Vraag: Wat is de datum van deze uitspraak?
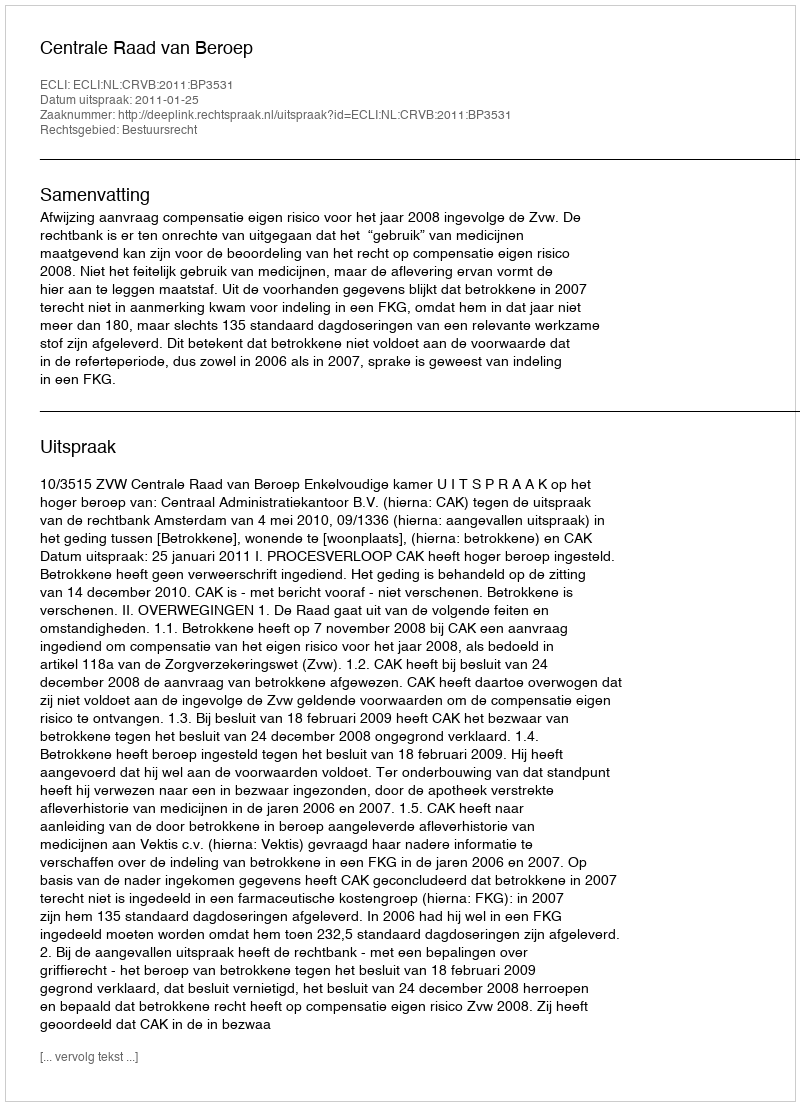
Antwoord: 2011-01-25